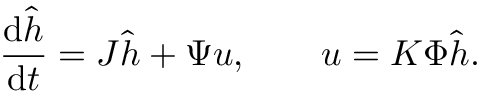
\frac { \mathop { } \! \mathrm { d } \hat { h } } { \mathop { } \! \mathrm { d } t } = J \hat { h } + \Psi u , \qquad u = K \Phi \hat { h } .